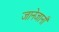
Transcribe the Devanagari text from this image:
जानेजानाँ